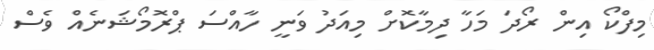
މިފްކޯ އިން ރޯދަ މަހާ ދިމާކޮށް މިއަދު ވަނީ ހާއްސަ ޕްރޮމޯޝަނެއް ވެސް